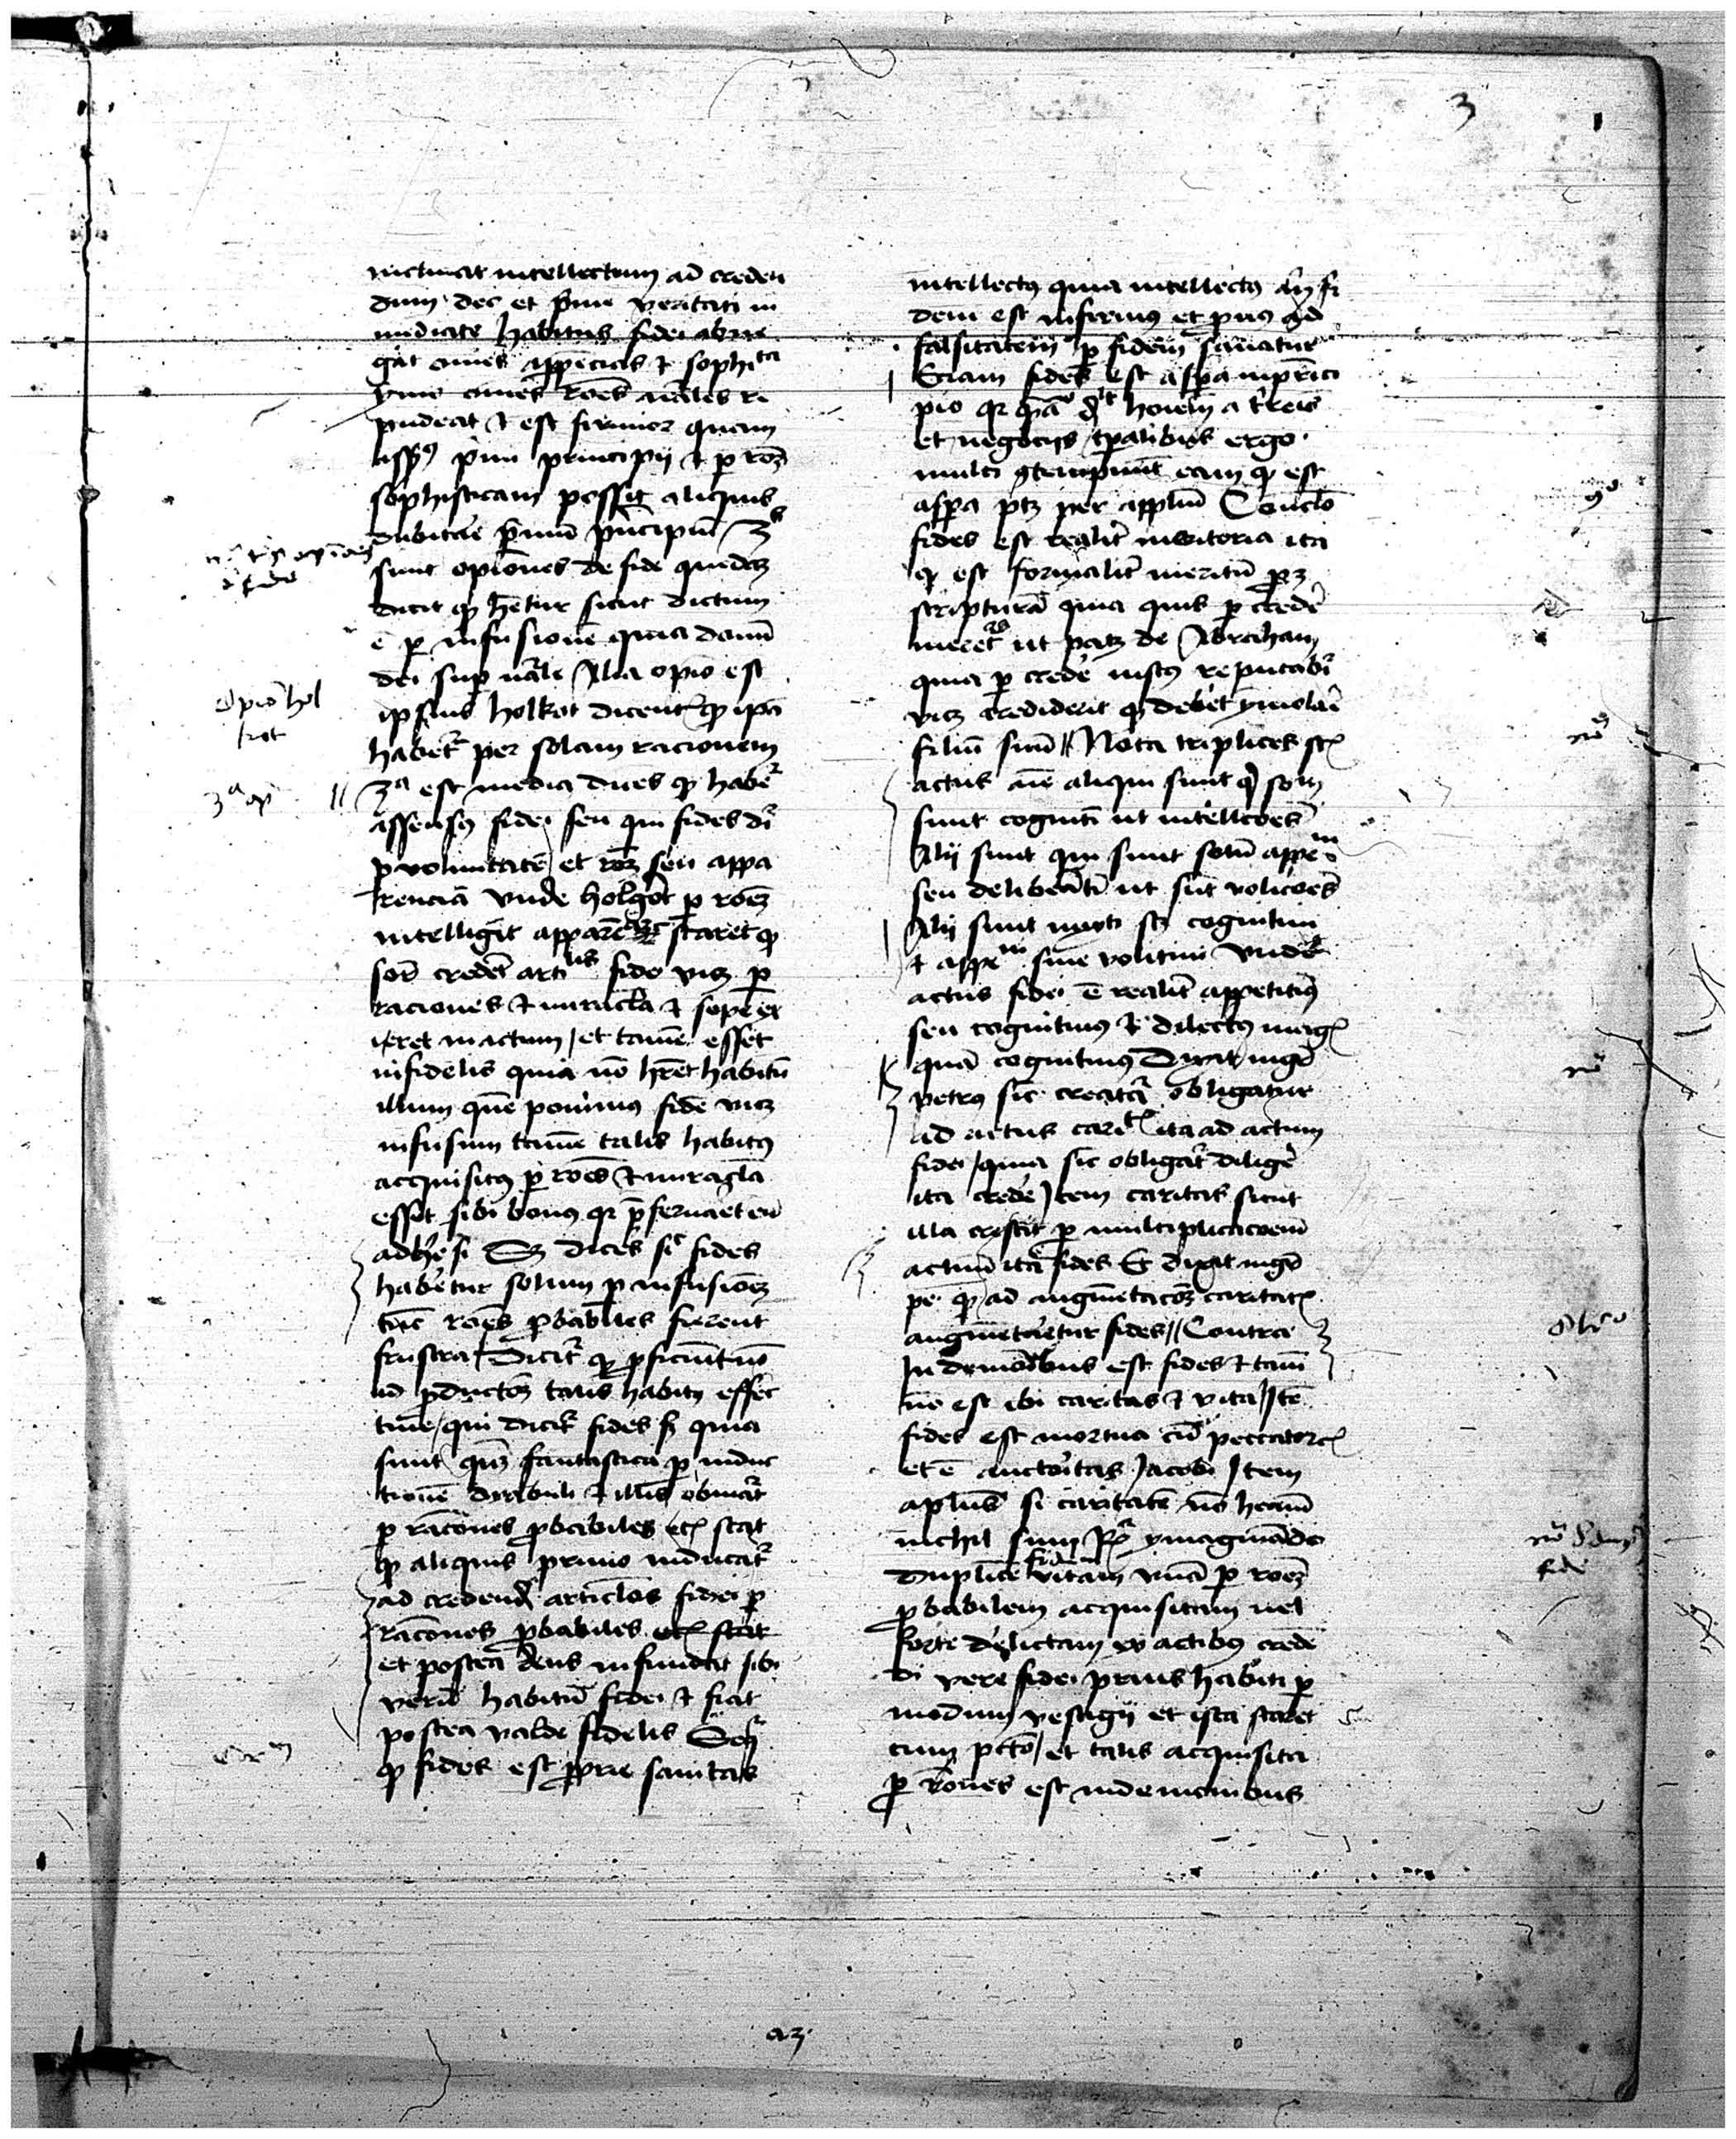
Shelfmark: Vatican, Biblioteca Apostolica Vaticana, Pal. Lat. 373
Century: 15